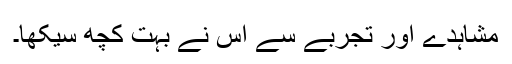
مشاہدے اور تجربے سے اس نے بہت کچھ سیکھا۔